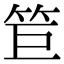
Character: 𥬙